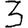
Digit: 3